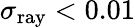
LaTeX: \sigma_{\mathrm{ray}}<0.01